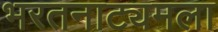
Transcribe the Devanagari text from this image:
भरतनाट्यमला